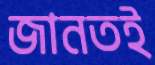
জানতই